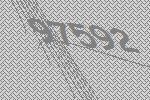
97592